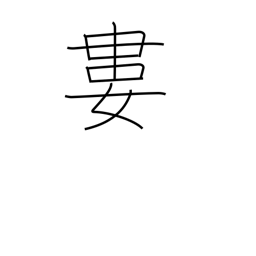
Meaning: tie